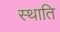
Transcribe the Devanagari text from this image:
स्थाति